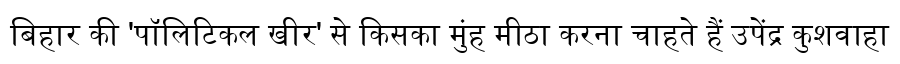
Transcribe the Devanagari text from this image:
बिहार की 'पॉलिटिकल खीर' से किसका मुंह मीठा करना चाहते हैं उपेंद्र कुशवाहा